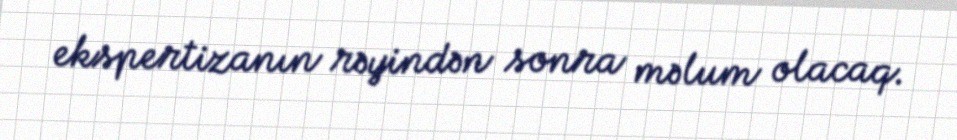
ekspertizanın rəyindən sonra məlum olacaq.